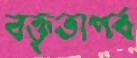
বক্তৃতাপর্ব